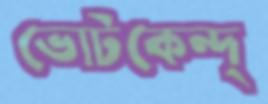
ভোটকেন্দ্